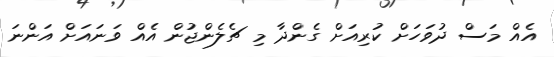
އެއް މަސް ދުވަހަށް ކުރިއަށް ގެންދާ މި ޗެލެންޖުން އެއް ވަނައަށް އަންނަ